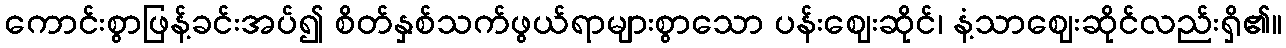
ကောင်းစွာဖြန့်ခင်းအပ်၍ စိတ်နှစ်သက်ဖွယ်ရာများစွာသော ပန်းဈေးဆိုင်၊ နံ့သာဈေးဆိုင်လည်းရှိ၏။